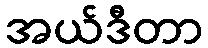
အယ်ဒီတာ